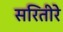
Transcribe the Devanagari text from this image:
सरितीरे